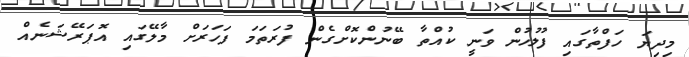
މިދިޔަ ހަފްތާގައި ފުލުހުން ވަނީ ކުއްތާ ބޭނުންކޮށްގެން ފުރަތަމަ ފަހަރަށް މާލޭގައި އޮޕަރޭޝަނެއް